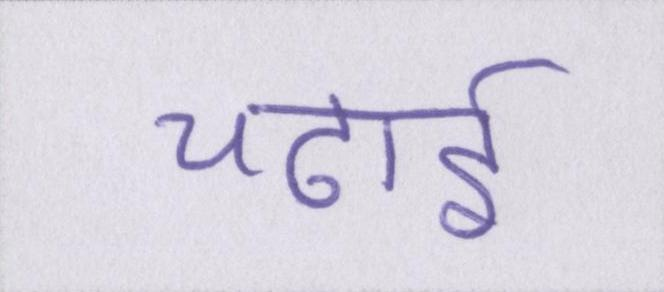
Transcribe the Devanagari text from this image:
चढ़ाई